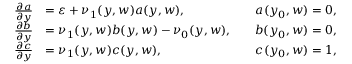
\begin{array} { r l r } { \frac { \partial a } { \partial y } } & { = \varepsilon + \nu _ { 1 } ( y , w ) a ( y , w ) , \quad } & { a ( y _ { 0 } , w ) = 0 , } \\ { \frac { \partial b } { \partial y } } & { = \nu _ { 1 } ( y , w ) b ( y , w ) - \nu _ { 0 } ( y , w ) , \quad } & { b ( y _ { 0 } , w ) = 0 , } \\ { \frac { \partial c } { \partial y } } & { = \nu _ { 1 } ( y , w ) c ( y , w ) , \quad } & { c ( y _ { 0 } , w ) = 1 , } \end{array}